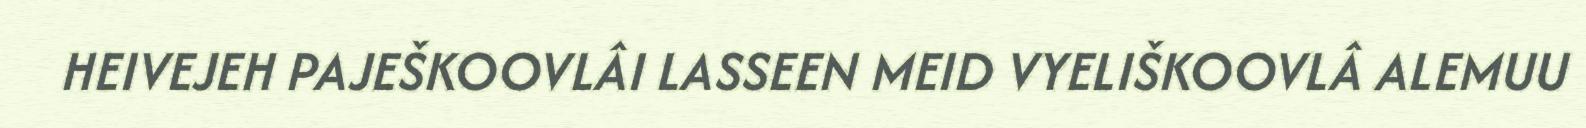
HEIVEJEH PAJEŠKOOVLÂI LASSEEN MEID VYELIŠKOOVLÂ ALEMUU